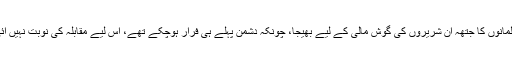
اس خبر کوسن کر آپ صلی اللہ علیہ وسلم نے ابوسلمہ مخزومی کی قیادت میں ڈیڑھ سو مسلمانوں کا جتھہ ان شریروں کی گوش مالی کے لیے بھیجا، چونکہ دشمن پہلے ہی فرار ہوچکے تھے، اس لیے مقابلہ کی نوبت نہیں آئی، کچھ مویشی مال غنیمت کے طورپر ہاتھ لگے، جنھیں لے کرابوسلمہؓ مدینہ واپس آگئے۔